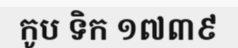
កូប ទិក ១៧៣៩